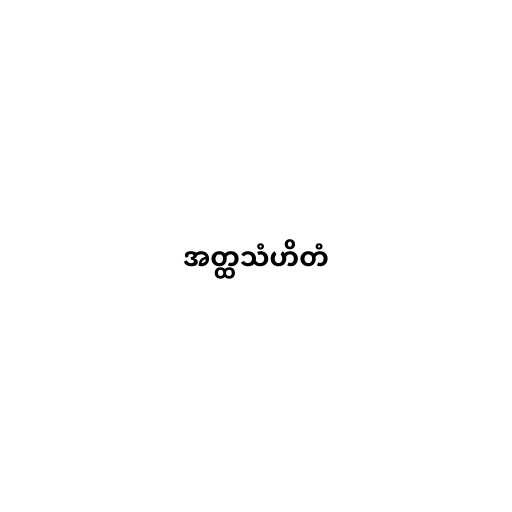
အတ္ထသံဟိတံ